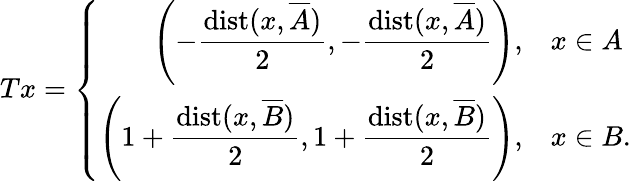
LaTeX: Tx=\left\{ \begin{array}{rl}{\displaystyle\left(-\frac{\mathrm{dist}(x,\overline{{A}})}{2},-\frac{\mathrm{dist}(x,\overline{{A}})}{2}\right),}&{x\in A}\\ {\displaystyle\left(1+\frac{\mathrm{dist}(x,\overline{{B}})}{2},1+\frac{\mathrm{dist}(x,\overline{{B}})}{2}\right),}&{x\in B.}\end{array}\right.